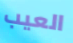
العيب